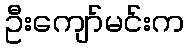
ဦးကျော်မင်းက